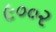
૯૦૦૨